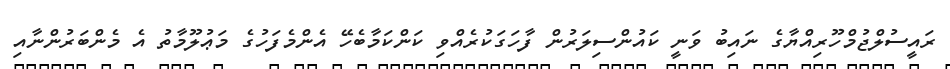
ރައީސުލްޖުމްހޫރިއްޔާގެ ނައިބު ވަނީ ކައުންސިލަރުން ފާހަގަކުރެއްވި ކަންކަމާބެހޭ އެންމެފަހުގެ މަޢުލޫމާތު އެ މެންބަރުންނާއި